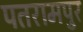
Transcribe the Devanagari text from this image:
पतरामपुर